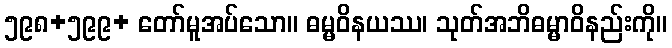
၅၉၈+၅၉၉+ တော်မူအပ်သော။ ဓမ္မဝိနယဿ၊ သုတ်အဘိဓမ္မာဝိနည်းကို။